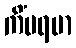
ကိံပရမာ